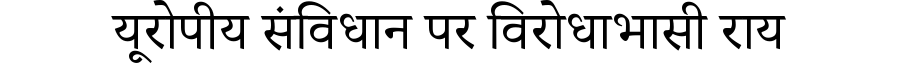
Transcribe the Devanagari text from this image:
यूरोपीय संविधान पर विरोधाभासी राय